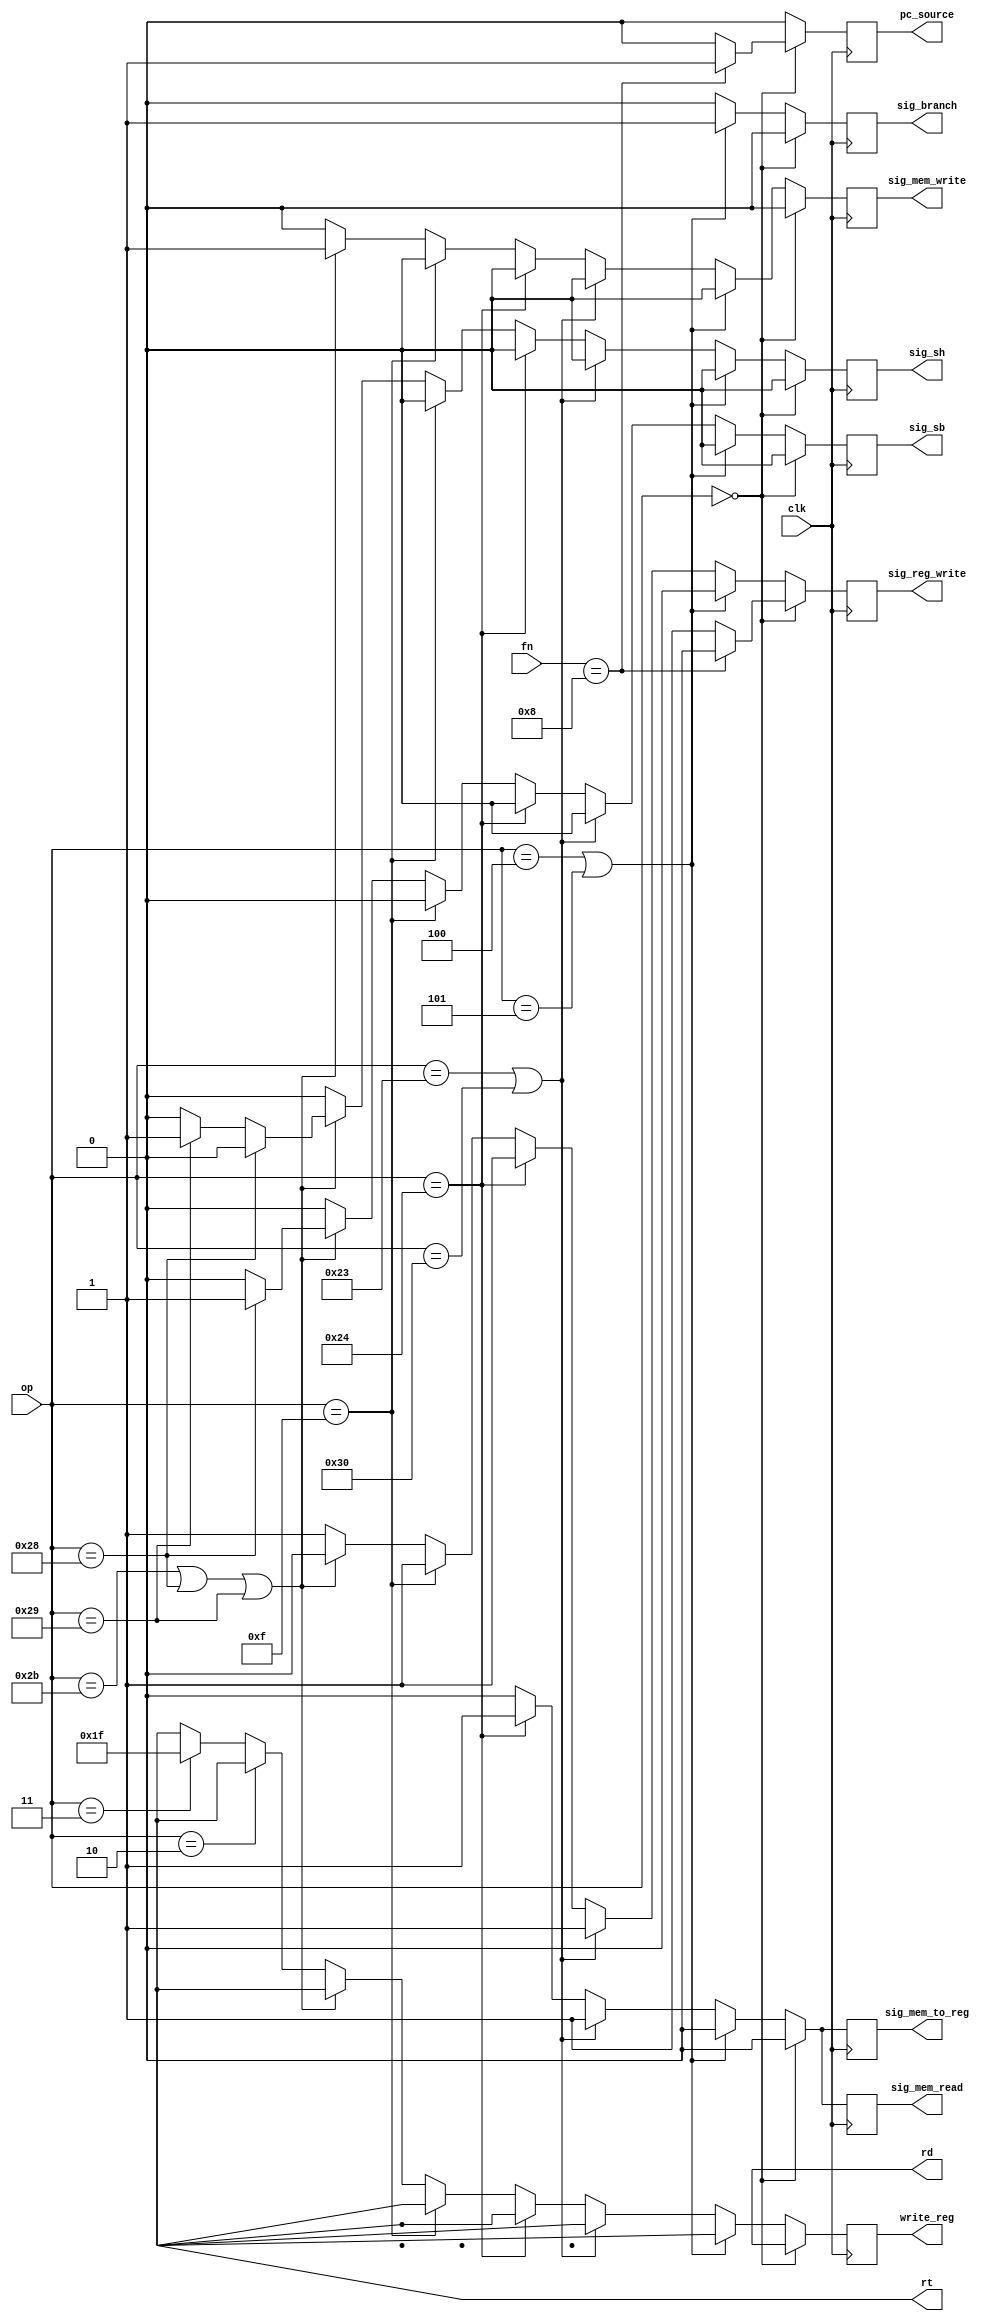
module mips_control(op, fn, clk, write_reg, sig_branch, sig_mem_read, sig_mem_write, sig_mem_to_reg, sig_reg_write, pc_source, rd, rt, sig_sb, sig_sh);

	input [5:0] op;				// op code
	input clk;						// clock
	input [5:0] fn;				// func code
	output reg[4:0] write_reg;	// write register
	output reg sig_branch;		// branch sinyali
	output reg sig_mem_read;	// memory read sinyali
	output reg sig_mem_write;	// sinyali write sinyali
	output reg sig_mem_to_reg;	// memory den registera yazma sinyali
	output reg sig_reg_write;	// register write sinyali
	output reg pc_source;		// pc source
	output [4:0] rd;				// rd adress
	output [4:0] rt;				// rt adress
	output reg sig_sb;			// store byte sinyali
	output reg sig_sh;			// store half word sinyali
	
// R- Type
wire[5:0] addOP = 6'b100000;
wire[5:0] adduOP = 6'b100001;
wire[5:0] subOP = 6'b100010;
wire[5:0] andOP = 6'b100100;
wire[5:0] orOP = 6'b100101;
wire[5:0] sraOP = 6'b000011;
wire[5:0] srlOP = 6'b000010;
wire[5:0] sllOP = 6'b000000;
wire[5:0] sltuOP = 6'b101011;

wire[5:0] jrOP = 6'b001000;
wire[5:0] norOP = 6'b100111;
wire[5:0] sltOP = 6'b101010;
wire[5:0] subuOP = 6'b100011;
///////////////////////////////
// I - Type
wire[5:0] addiOP = 6'b001000;
wire[5:0] addiuOP = 6'b001001;

wire[5:0] andiOP = 6'b001100;
wire[5:0] beqOP = 6'b000100;
wire[5:0] bneOP = 6'b000101;
wire[5:0] lbuOP = 6'b100100;
wire[5:0] lhuOP = 6'b100101;
wire[5:0] llOP = 6'b110000;
wire[5:0] luiOP = 6'b001111;
wire[5:0] lwOP = 6'b100011;
wire[5:0] oriOP = 6'b001101;
wire[5:0] sltiOP = 6'b001010;
wire[5:0] sltiuOP = 6'b001011;
wire[5:0] sbOP = 6'b101000;
wire[5:0] scOP = 6'b111000;
wire[5:0] shOP = 6'b101001;
wire[5:0] swOP = 6'b101011;

///////////////////////////////

// J - Type
//////////////////////////////
wire[5:0] jOP = 6'b000010;
wire[5:0] jalOP = 6'b000011;
//////////////////////////////
	
// clock negatif durumda calisir
always @(negedge clk)
begin
	pc_source = 0;
	sig_mem_write = 0;
	sig_mem_read = 0;
	sig_branch = 0;
	sig_reg_write = 0;
	sig_mem_to_reg = 0;
	sig_sb = 0;
	sig_sh = 0;
	
	if(op == 6'b0) // r typle lar
	begin
		write_reg = rd;   // her zaman rd ye yazlr
		sig_reg_write = 1'b1; // ogu zaman yazma yaplr
		
		if(fn == jrOP)  // jr de register yazma yok
		begin
			pc_source = 1;
			sig_reg_write = 1'b0;
		end
	end
	
	else 
	begin
		write_reg = rt;  // yazlacak sa rt ye yazlr
		sig_reg_write = 1; // register write ounlukla var
		
		if(op == beqOP || op == bneOP)
		begin
			sig_reg_write = 1'b0;
			sig_branch = 1;
		end
		
		else if(op == lwOP || op == llOP)
		begin
			sig_mem_read = 1;
			sig_mem_to_reg = 1;
		end
		
		else if(op == lbuOP)
		begin
			sig_mem_read = 1;
			sig_mem_to_reg = 1;
		end
		
		else if(op == luiOP)
		begin
			
		end
		
		else if(op == swOP || op == sbOP || op == shOP)
		begin
			sig_mem_write = 1;
			sig_reg_write = 0;
			
			if(op == sbOP)
				sig_sb = 1;
			else if(op == shOP)
				sig_sh = 1;
		end
		
		else if(op == jOP)
			sig_mem_write = 0;
		
		else if(op == jalOP)
		begin
			write_reg = 5'b11111;
		end
		
		
	end
end
endmodule